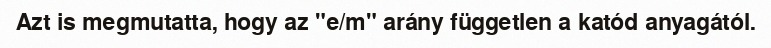
Azt is megmutatta, hogy az "e/m" arány független a katód anyagától.